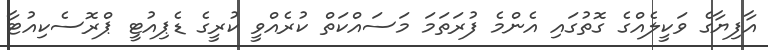
އާފިޔާގެ ވަކީލެއްގެ ގޮތުގައި އެންމެ ފުރަތަމަ މަސައްކަތް ކުރެއްވީ ކުރީގެ ޑެޕިއުޓީ ޕްރޮސެކިއުޓާ